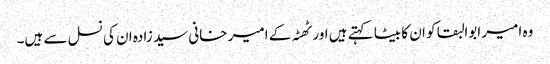
وہ امیر ابوالبقا کو ان کا بیٹا کہتے ہیں اور ٹھٹہ کے امیر خانی سید زادہ ان کی نسل سے ہیں۔